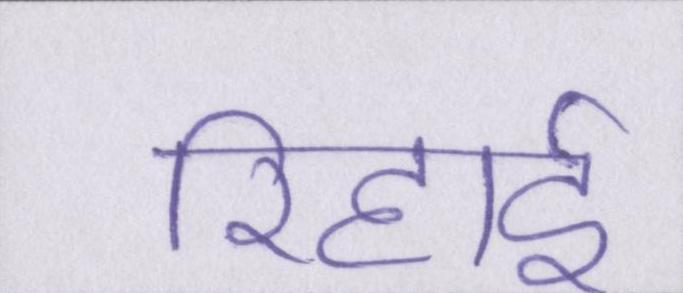
रिहाई